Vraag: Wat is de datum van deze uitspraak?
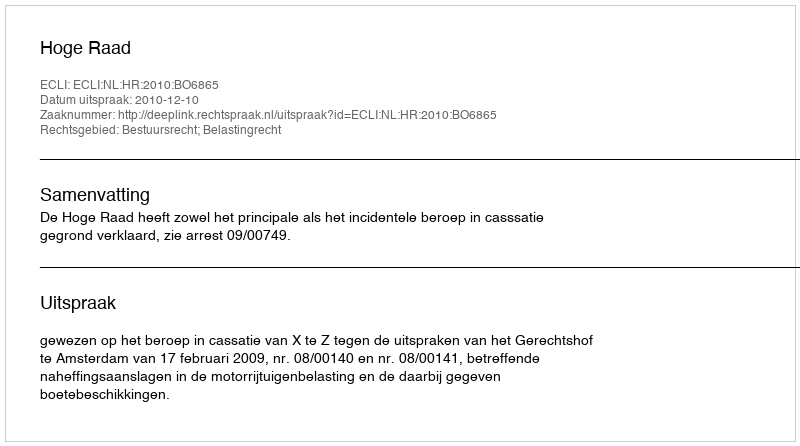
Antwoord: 2010-12-10